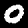
Label: 0